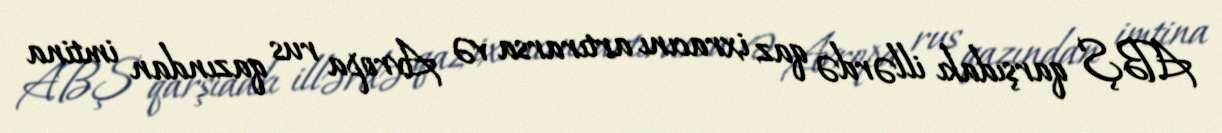
ABŞ qarşıdakı illərdə qaz ixracını artırarsa və Avropa rus qazından imtina